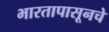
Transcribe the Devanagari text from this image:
भारतापासूनचे